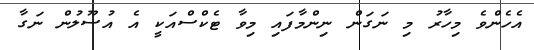
އެހެންވެ މިހާރު މި ނަގަން ނިންމާފައި މިވާ ޓެކްސްއަކީ އެ އުސޫލުން ނަގާ